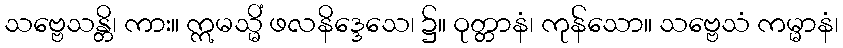
သဗ္ဗေသန္တိ၊ ကား။ ဣမသ္မိံ ဖလနိဒ္ဒေသေ၊ ၌။ ဝုတ္တာနံ၊ ကုန်သော။ သဗ္ဗေသံ ကမ္မာနံ၊